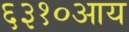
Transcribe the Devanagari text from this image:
६३१०आय